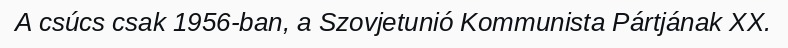
A csúcs csak 1956-ban, a Szovjetunió Kommunista Pártjának XX.